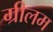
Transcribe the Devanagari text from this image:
ग्रीलम